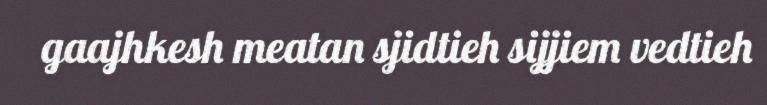
gaajhkesh meatan sjidtieh sijjiem vedtieh